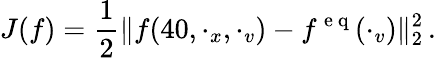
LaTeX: J(f)=\frac{1}{2}\Vert f(40,\cdot_{x},\cdot_{v})-f^{\mathrm{~e~q~}}(\cdot_{v})\Vert_{2}^{2}\, .